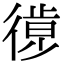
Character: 𢕱